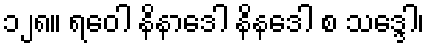
၁၂၈။ ရဝေါ နိနာဒေါ နိနဒေါ စ သဒ္ဒေါ၊